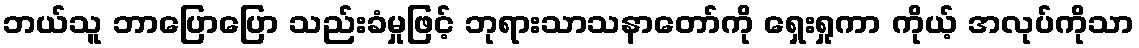
ဘယ်သူ ဘာပြောပြော သည်းခံမှုဖြင့် ဘုရားသာသနာတော်ကို ရှေးရှုကာ ကိုယ့် အလုပ်ကိုသာ